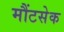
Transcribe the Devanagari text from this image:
मौंटसेक